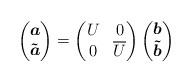
LaTeX: \begin{align*}\begin{pmatrix}\boldsymbol{a}\\\boldsymbol{\tilde{a}}\end{pmatrix}=\begin{pmatrix}U&0\\0&\overline{U}\end{pmatrix}\begin{pmatrix}\boldsymbol{b}\\\boldsymbol{\tilde{b}}\end{pmatrix}\end{align*}